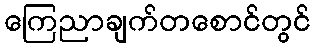
ကြေညာချက်တစောင်တွင်